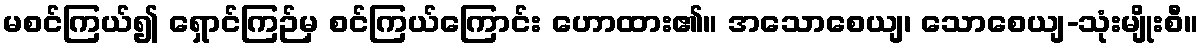
မစင်ကြယ်၍ ရှောင်ကြဉ်မှ စင်ကြယ်ကြောင်း ဟောထား၏။ အသောစေယျ၊ သောစေယျ-သုံးမျိုးစီ။